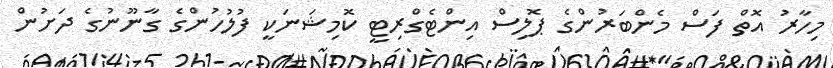
މިހާރު އޮތް ފަސް މެންބަރުންގެ ޕޮލިސް އިންޓެގްރިޓީ ކޮމިޝަނަކީ ފުލުހުންގެ ގާނޫނުގެ ދަށުން